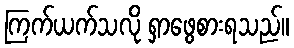
ကြက်ယက်သလို ရှာဖွေစားရသည်။